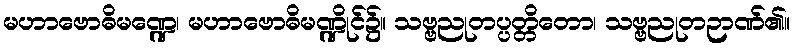
မဟာဗောဓိမဏ္ဍေ၊ မဟာဗောဓိမဏ္ဍိုင်၌။ သဗ္ဗညုတပ္ပတ္တိတော၊ သဗ္ဗညုတဉာဏ်၏။